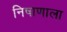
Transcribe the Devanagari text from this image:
निषाणाला